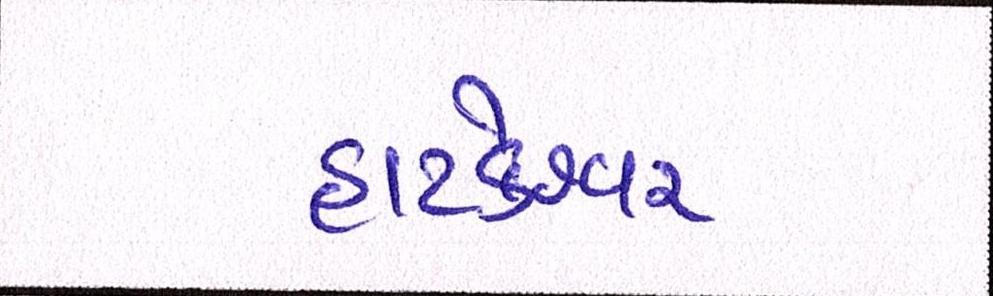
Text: હાટકેશ્વર